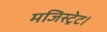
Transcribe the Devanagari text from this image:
मजिस्ट्रेट।